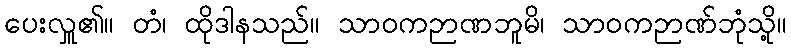
ပေးလှူ၏။ တံ၊ ထိုဒါနသည်။ သာဝကဉာဏဘူမိ၊ သာဝကဉာဏ်ဘုံသို့။